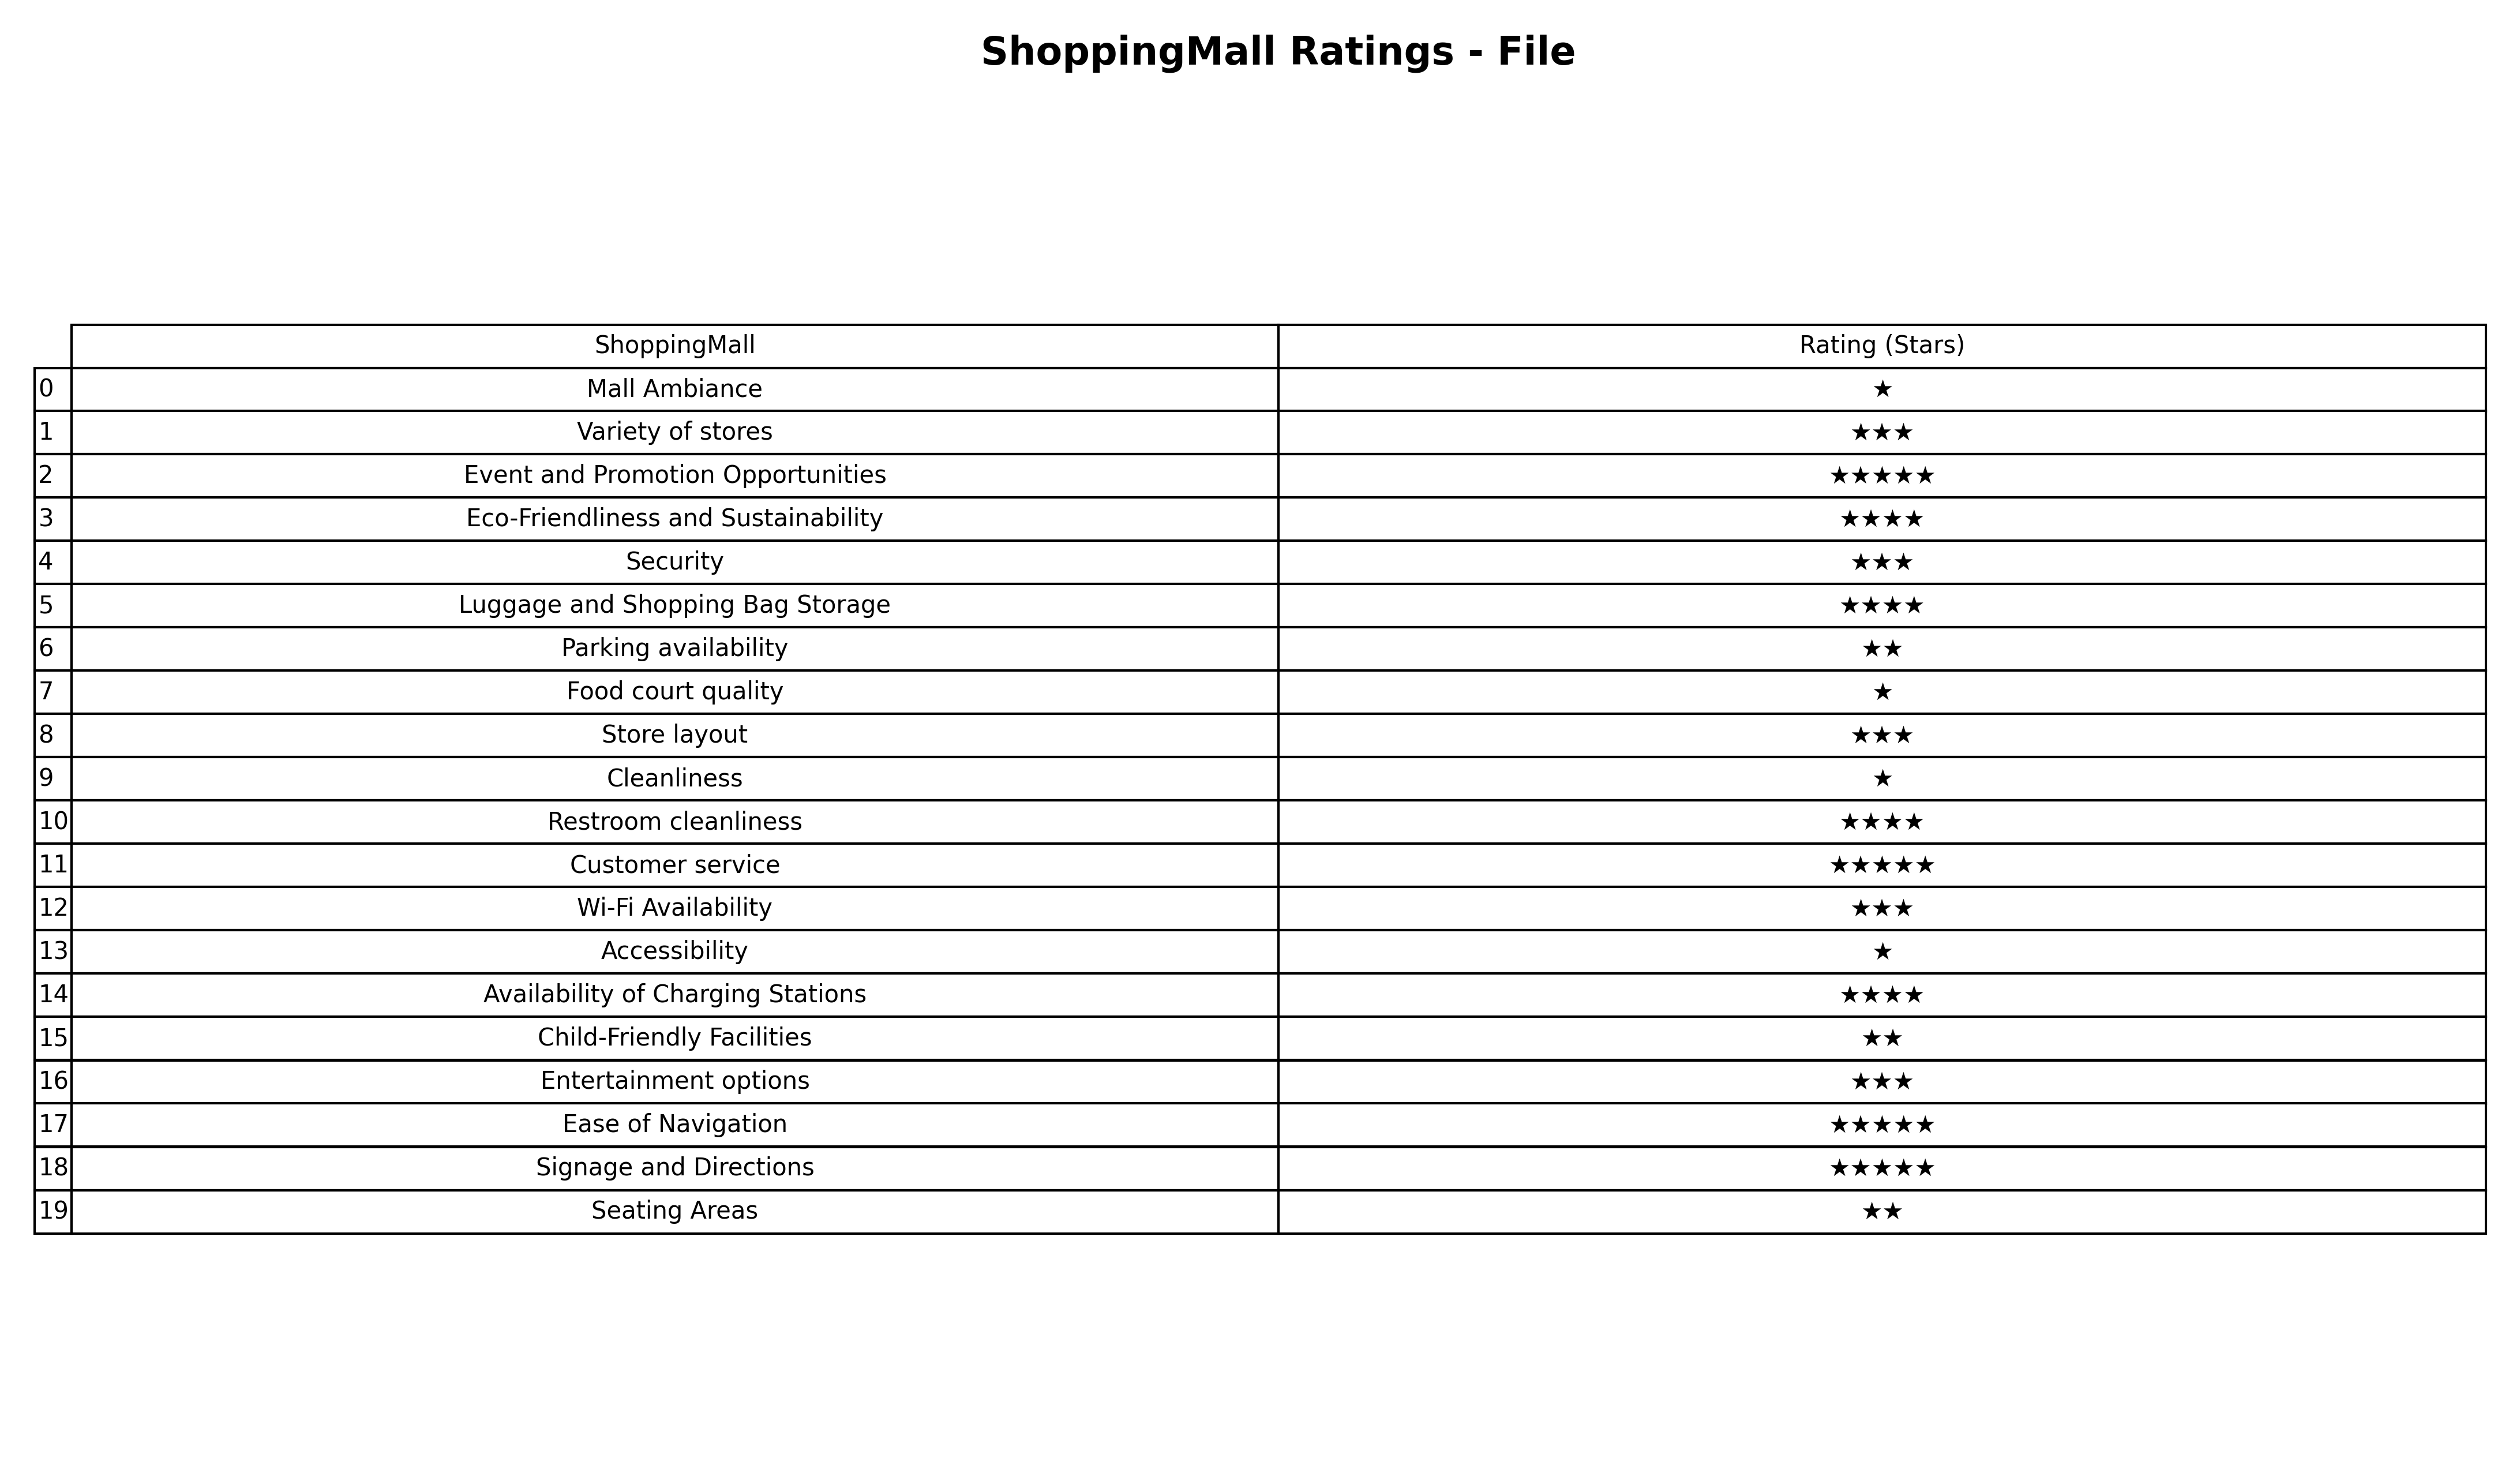
question: What are two star services?
answer: Parking availabilityChild-Friendly FacilitiesSeating Areas